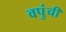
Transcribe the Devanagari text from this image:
वपुंची